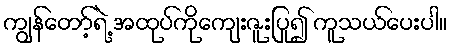
ကျွန်တော့်ရဲ့ အထုပ်ကိုကျေးဇူးပြု၍ ကူသယ်ပေးပါ။